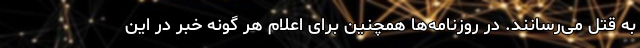
به قتل می‌رسانند. در روزنامه‌ها همچنین برای اعلام هر گونه خبر در این